Civil Veterinary Department Bihar & Orissa reports 1929-36 - 1929-1936
Year: 1929
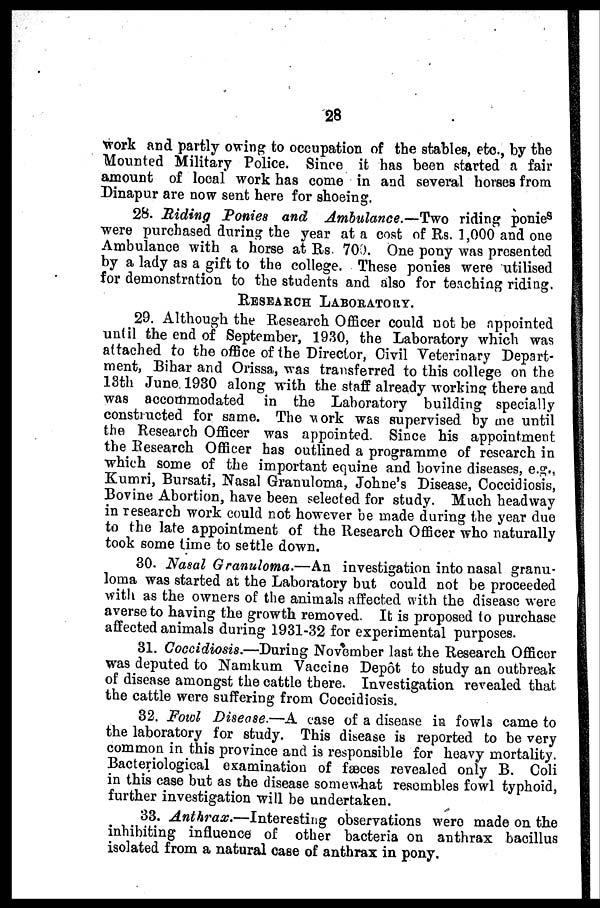
28
work and partly owing to occupation of the stables, etc., by the
Mounted Military Police. Since it has been started a fair
amount of local work has come in and several horses from
Dinapur are now sent here for shoeing.
28. Riding Ponies and Ambulance.—Two riding ponie s
were purchased during the year at a cost of Rs. 1,000 and one
Ambulance with a horse at Rs 700. One pony was presented
by a lady as a gift to the college. These ponies were utilised
for demonstration to the students and also for teaching riding.
RESEARCH
LABORATORY.
29. Although the Research Officer could not be appointed
until the end of September, 1930, the Laboratory which was
attached to the office of the Director, Civil Veterinary Depart-
ment, Bihar and Orissa, was transferred to this college on the
13th June 1930 along with the staff already working there and
was accommodated in the Laboratory building specially
constructed for same. The work was supervised by me until
the Research Officer was appointed. Since his appointment
the Research Officer has outlined a programme of research in
which some of the important equine and bovine diseases, e.g.,
Kumri, Bursati, Nasal Granuloma, Johne's Disease, Coccidiosis,
Bovine Abortion, have been selected for study. Much headway
in research work could not however be made during the year due
to the late appointment of the Research Officer who naturally
took some time to settle down.
30. Nasal Granuloma.—An investigation into nasal granu-
loma was started at the Laboratory but could not be proceeded
with as the owners of the animals affected with the disease were
averse to having the growth removed. It is proposed to purchase
affected animals during 1931-32 for experimental purposes.
31. Coccidiosis.—During November last the Research Officer
was deputed to Namkum Vaccine Depôt to study an outbreak
of disease amongst the cattle there. Investigation revealed that
the cattle were suffering from Coccidiosis.
32. Fowl Disease.—A case of a disease in fowls came to
the laboratory for study. This disease is reported to be very
common in this province and is responsible for heavy mortality.
Bacteriological examination of fæces revealed only B. Coli
in this case but as the disease somewhat resembles fowl typhoid,
further investigation will be undertaken.
33. Anthrax.—Interesting
observations were made on the
inhibiting influence of other bacteria on anthrax bacillus
isolated from a natural case of anthrax in pony.